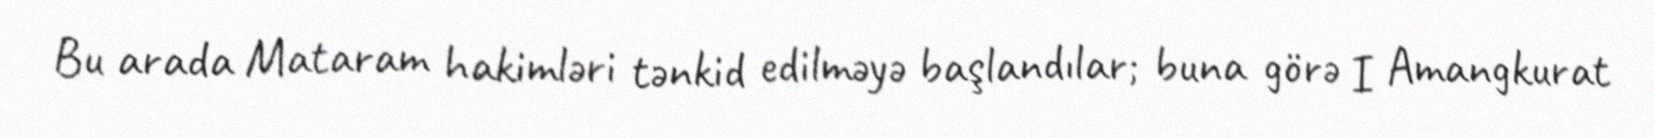
Bu arada Mataram hakimləri tənkid edilməyə başlandılar; buna görə I Amangkurat